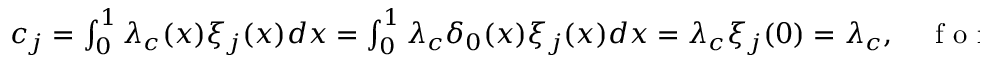
\begin{array} { r } { c _ { j } = \int _ { 0 } ^ { 1 } \lambda _ { c } ( x ) \xi _ { j } ( x ) d x = \int _ { 0 } ^ { 1 } \lambda _ { c } \delta _ { 0 } ( x ) \xi _ { j } ( x ) d x = \lambda _ { c } \xi _ { j } ( 0 ) = \lambda _ { c } , \quad \mathrm { ~ f ~ o ~ r ~ a ~ l ~ l ~ j ~ \geq ~ 1 ~ } . } \end{array}